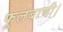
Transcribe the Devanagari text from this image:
फूलबाणी।